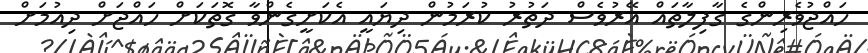
ހައްޖުވެރިންގެ ގާފިލާތައް އޭރުވެސް ދަތުރު ކުރަމުން ދިޔައީ އެކަށީގެންވާ ގޮތަކަށް ހައްޖަށް ދިއުމަށް